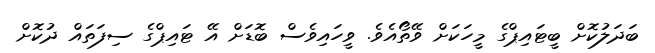
ބަދަލުކޮށް ބީޓައިޕްގެ މީހަކަށް ވޭތޯއެވެ. ވީހައިވެސް ބޮޑަށް އޭ ޓައިޕްގެ ސިފަތައް ދުކޮށް